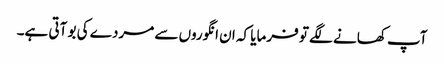
آپ کھانے لگے تو فرمایا کہ ان انگوروں سے مردے کی بو آتی ہے۔